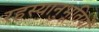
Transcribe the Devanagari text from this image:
रहस्यानुभूतियों